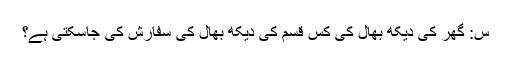
س: گھر کی دیکھ بھال کی کس قسم کی دیکھ بھال کی سفارش کی جاسکتی ہے؟